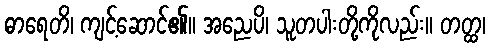
ဓာရေတိ၊ ကျင့်ဆောင်၏။ အညေပိ၊ သူတပါးတို့ကိုလည်း။ တတ္ထ၊